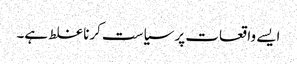
ایسے واقعات پر سیاست کرنا غلط ہے۔